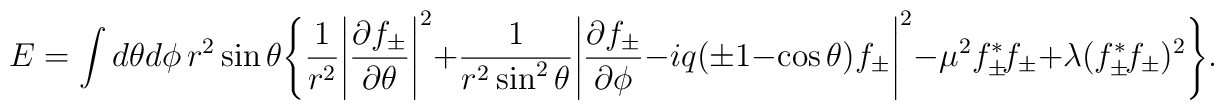
E =         \int d \theta d \phi \, r^2 \sin \theta        \Bigg\{                \frac{1}{r^2}                \Bigg|                        \frac{\partial f_\pm}{\partial \theta}                \Bigg|^2                +                \frac{1}{r^2 \sin^2 \theta}                \Bigg|                        \frac{\partial f_\pm}{\partial \phi}                        - iq                        ( \pm 1 - \cos \theta ) f_\pm                \Bigg|^2                - \mu^2 f_{\pm}^* \! f_{\pm}				+ \lambda (f_{\pm}^* \! f_{\pm})^2        \Bigg\}.